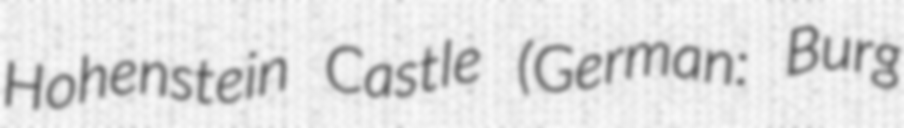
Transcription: Hohenstein Castle (German: Burg